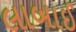
લાબાઈ